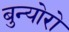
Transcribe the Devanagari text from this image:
बुन्योरो